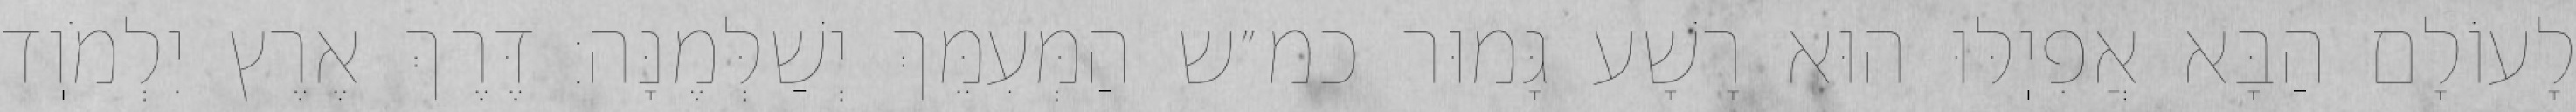
לָעוֹלָם הַבָּא אֲפִיֽלּוּ הוּא רָשָׁע גָּמוּר כמ״ש הַמְּעִמֵּךְ יְשַׁלְּמֶנָּה: דֶּרֶךְ אֶרֶץ יִלְמֹוֽד